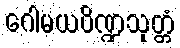
ဂေါမယပိဏ္ဍသုတ္တံ